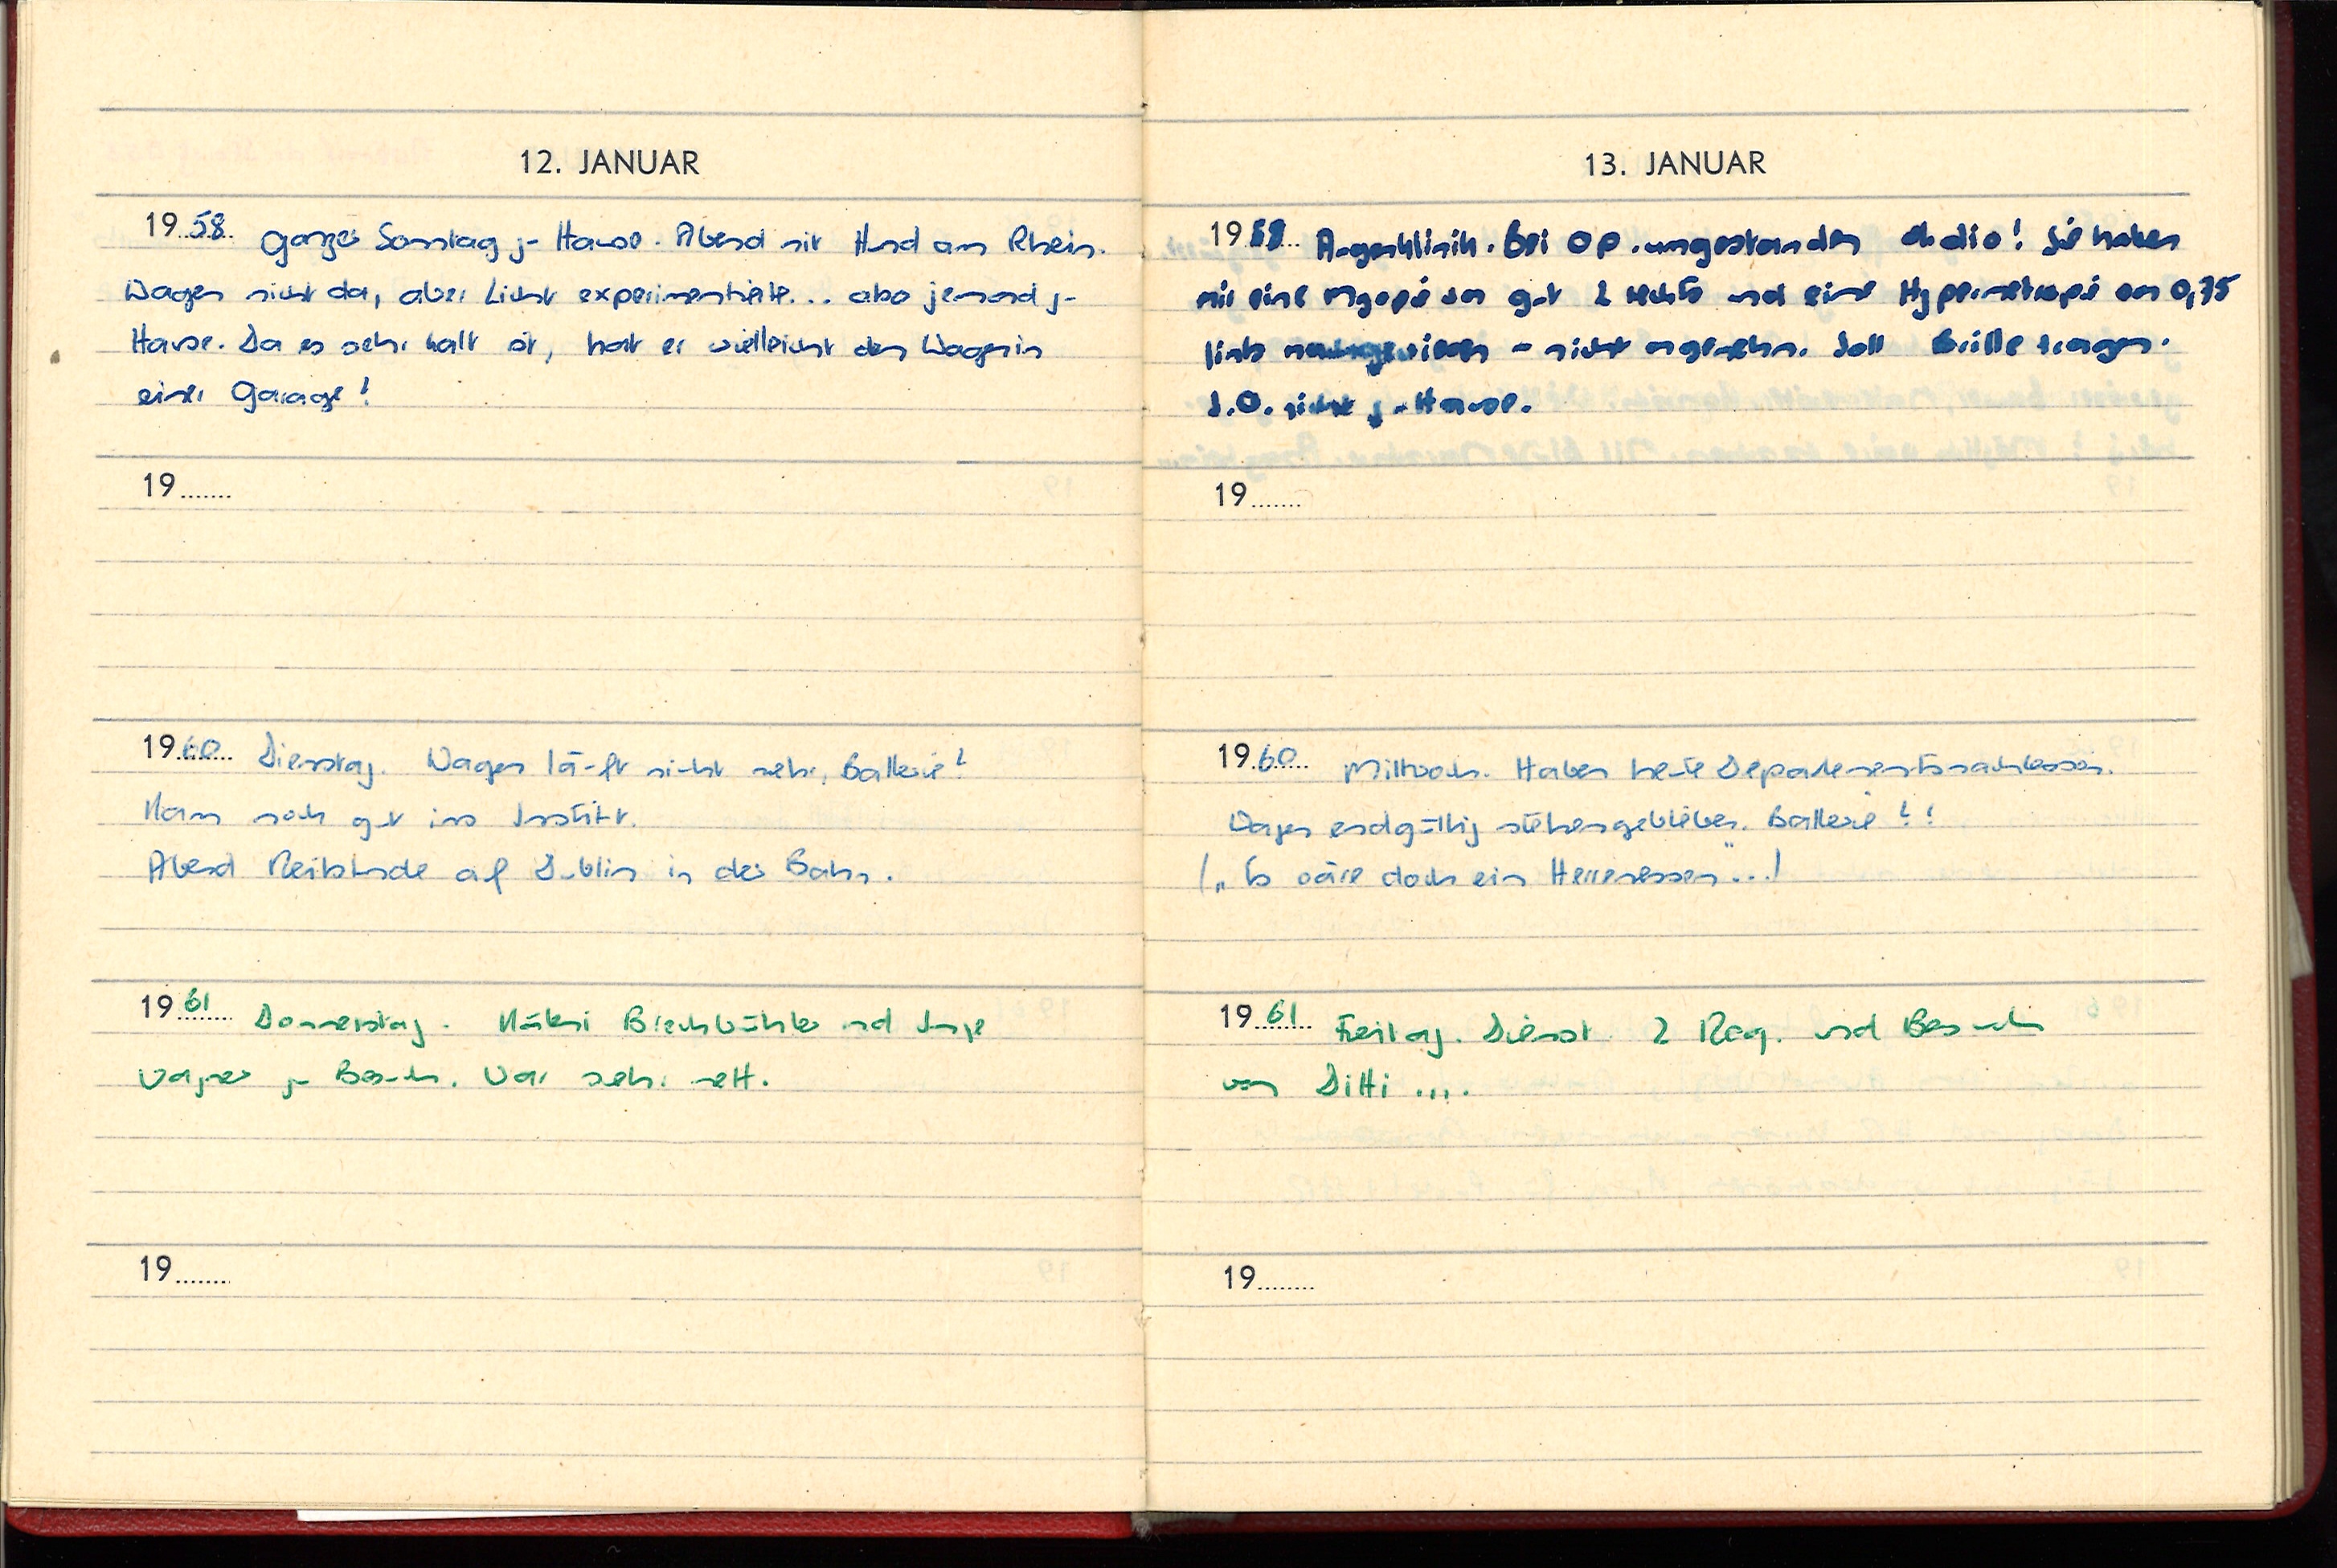
12. JANUAR
1958 Ganzer Sonntag zu Hause. Abend mit Hund am Rhein.
Wagen nicht da, aber Licht experimentierte ... also jemand zu
Hause. Da es sehr kalt ist, hat vielleicht den Wagen in
einer Garage?
19
1960 Dienstag. Wagen läuft nicht mehr, Batterie?
Kam noch gut ins Iss
Abend Reitstunde auf Dublin in der Bahn.
1961 Donnerstag. K Brechbühler und Inge
Wagner zu Besuch. War sehr nett.
19

13. JANUAR
1958 Augenklinik. Bei OP rumgestanden Ohdio! Sie haben
mir eine Myopie von gut 2 rechts und eine Hyptemetropie on 0,75
links nachgewiesen - nicht angenehm. Soll Brille tragen.
I.O. nicht zu Hause.
19
1960 Mittwoch. Haben heute Departemen-Fasnachtessen.
Wagen endgültig stehengeblieben. Batterie? !
(„ Es wäre doch ein Herrenessen“ ...)
1961 Freitag. Dienst. 2 Reg. und Besuch
von Ditti ....
19